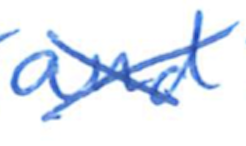
Text: and
Cross-out: cross
Writing tool: ballpoint